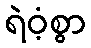
ရဲဝံ့စွာ